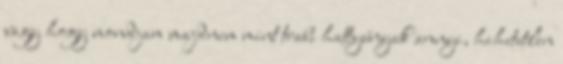
vagy hogy mondjam majdnem mint trabi hattyúnyak annyi, hihetetlen